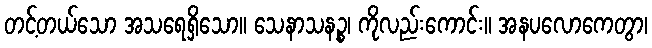
တင့်တယ်သော အသရေရှိသော။ သေနာသနဉ္စ၊ ကိုလည်းကောင်း။ အနပလောကေတွာ၊